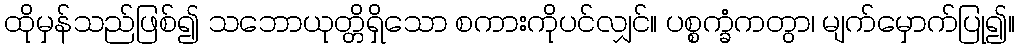
ထိုမှန်သည်ဖြစ်၍ သဘောယုတ္တိရှိသော စကားကိုပင်လျှင်။ ပစ္စက္ခံကတွာ၊ မျက်မှောက်ပြု၍။